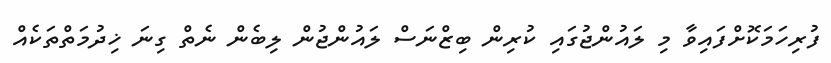
ފުރިހަމަކޮށްފައިވާ މި ލައުންޖުގައި ކުރިން ބިޒްނަސް ލައުންޖުން ލިބެން ނެތް ގިނަ ޚިދުމަތްތަކެއް